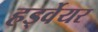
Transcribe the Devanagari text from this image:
हर्ड्वेयर